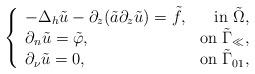
LaTeX: \begin{align*} \left\{ \begin{array}{lr} - \Delta_h\tilde u-\partial_z(\tilde a\partial_z\tilde u)=\tilde f,&\mbox{in }\tilde\Omega, \\ \partial_n\tilde u=\tilde\varphi,&\mbox{on }\tilde\Gamma_\ll, \\ \partial_\nu\tilde u=0,&\mbox{on }\tilde\Gamma_{01}, \end{array} \right.\end{align*}